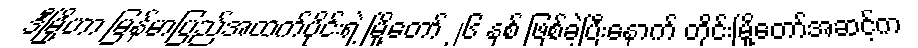
ဒီမြို့ဟာ မြန်မာပြည်အထက်ပိုင်းရဲ့ မြို့တော် ၂၆ နှစ် ဖြစ်ခဲ့ပြီးနောက် တိုင်းမြို့တော်အဆင့်က